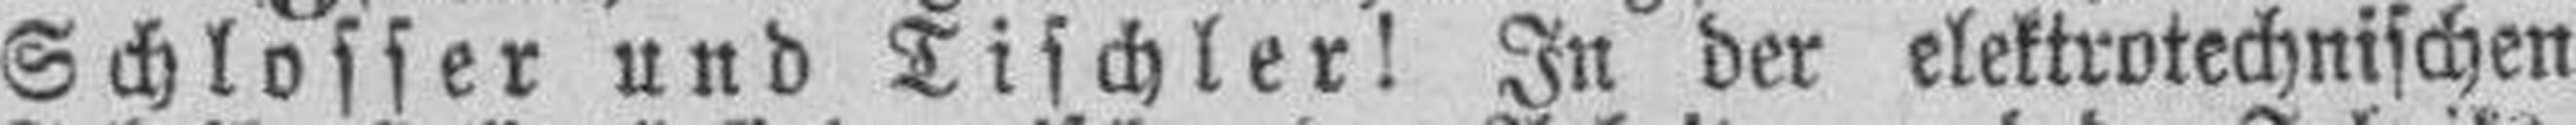
Schlosser und Tischler! In der elektrotechnischen